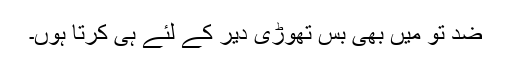
ضد تو میں بھی بس تھوڑی دیر کے لئے ہی کرتا ہوں۔